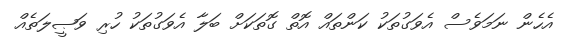
އެހެން ނަމަވެސް އެވަގުތަކު ކަންތައް އޮތް ގޮތަކަށް ބަލާ އެވަގުތަކު ހުރި ވަޞީލަތެއް